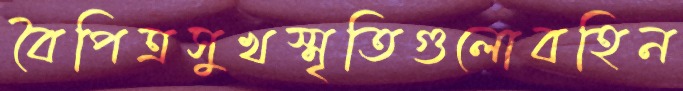
বৈপিত্রসুখস্মৃতিগুলোবহিন